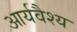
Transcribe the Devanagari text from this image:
आर्यवैश्‍य